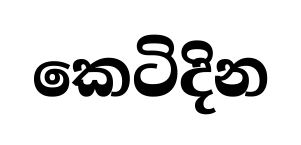
කෙටිදින